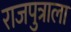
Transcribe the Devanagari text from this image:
राजपुत्राला